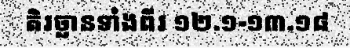
តិរច្ឆានទាំងពីរ ១២.១-១៣.១៨